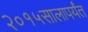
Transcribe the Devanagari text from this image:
२०१५सालापर्यंत